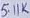
Text: 5.1K